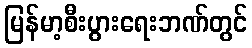
မြန်မာ့စီးပွားရေးဘဏ်တွင်